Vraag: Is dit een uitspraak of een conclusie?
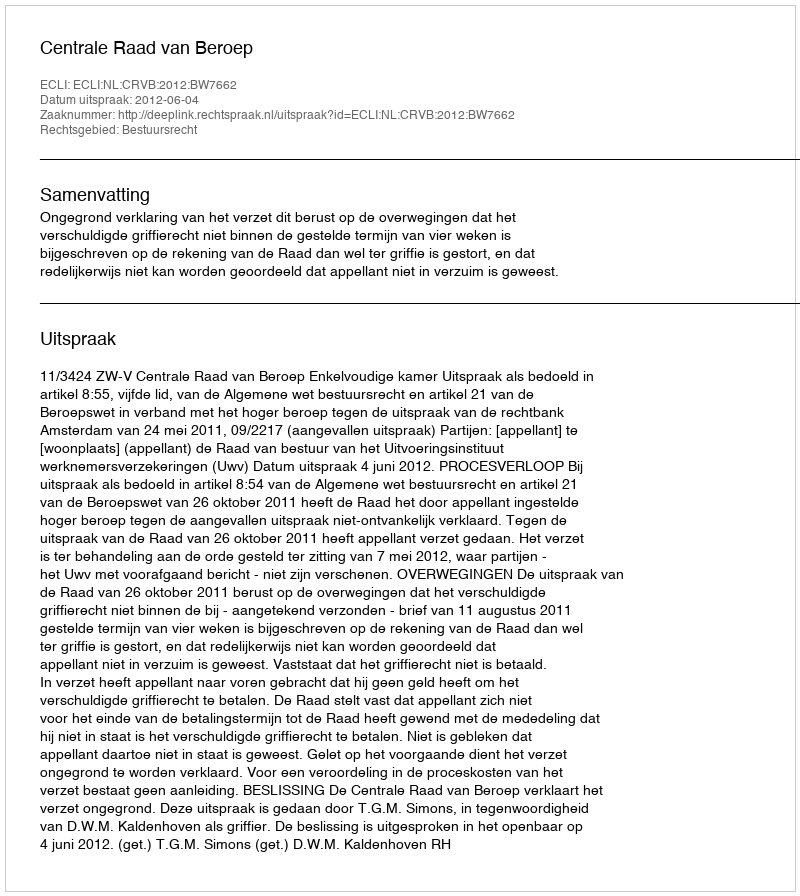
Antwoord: Uitspraak